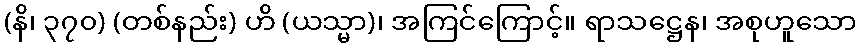
(နိ၊ ၃၇၀) (တစ်နည်း) ဟိ (ယသ္မာ)၊ အကြင်ကြောင့်။ ရာသဋ္ဌေန၊ အစုဟူသော